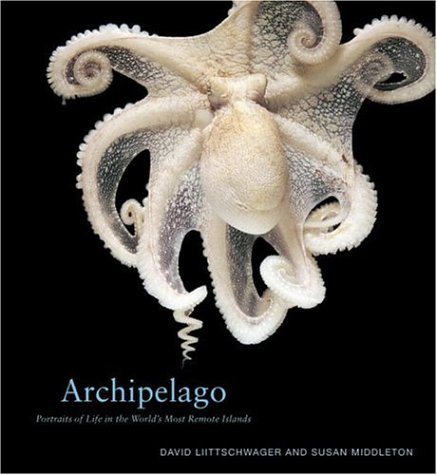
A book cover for Archipelago: Portraits of Life in the World's Most Remote Island Sanctuary; David Liittschwager; Sports & Outdoors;